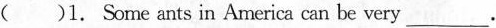
( )1. Some ants in America can be very___.